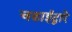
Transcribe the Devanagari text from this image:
चढाईद्वारे